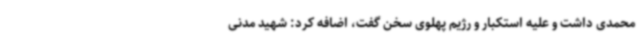
محمدی داشت و علیه استکبار و رژیم پهلوی سخن گفت، اضافه کرد: شهید مدنی